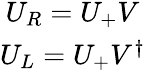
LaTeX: \begin{array}{c}{{U_{R}=U_{+}V}}\\ {{U_{L}=U_{+}V^{\dagger}}}\end{array}